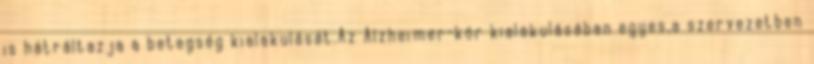
is hátráltazja a betegség kialakulását.Az Alzheimer-kór kialakulásában egyes,a szervezetben